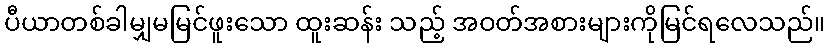
ပီယာတစ်ခါမျှမမြင်ဖူးသော ထူးဆန်း သည့် အဝတ်အစားများကိုမြင်ရလေသည်။